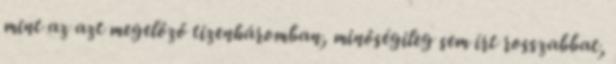
mint az azt megelőző tizenháromban, minőségileg sem írt rosszabbat,